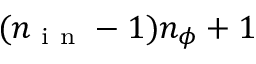
( n _ { \mathrm { ~ i ~ n ~ } } - 1 ) n _ { \phi } + 1